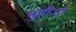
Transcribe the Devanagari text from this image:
मुहीजी